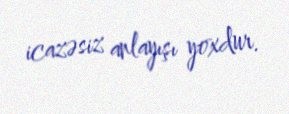
icazəsiz anlayışı yoxdur.